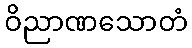
ဝိညာဏသောတံ